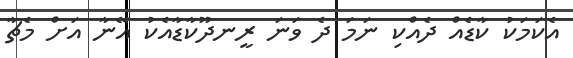
އެކަމަކު ކާޑެއް ދެއްކި ނަމަ ދެ ވަނަ ރީނދޫކާޑާއެކު އޭނާ އަށް މެޗާ